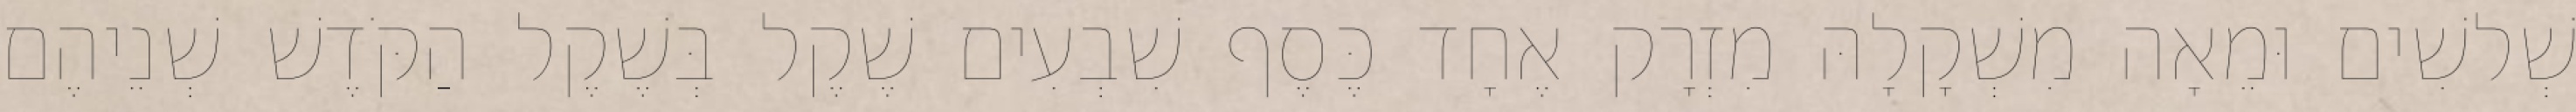
שְׁלשִׁים וּמֵאָה מִשְׁקָלָהּ מִזְרָק אֶחָד כֶּסֶף שִׁבְעִים שֶׁקֶל בְּשֶׁקֶל הַקֹּדֶשׁ שְׁנֵיהֶם